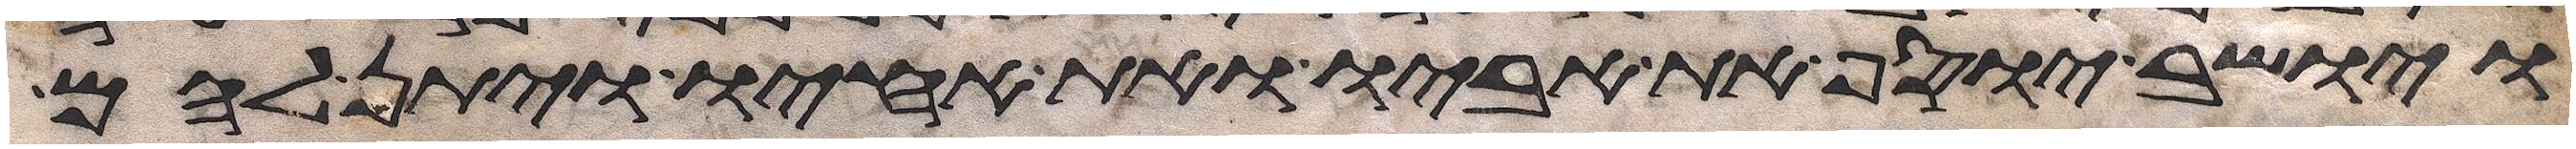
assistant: ויושב יוסף את אביו ואת אחיו ויתן להם